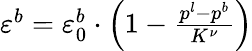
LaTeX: \begin{array}{r}{\varepsilon^{b}=\varepsilon_{0}^{b}\cdot\left(1-\frac{p^{l}-p^{b}}{K^{\nu}}\right)}\end{array}